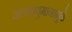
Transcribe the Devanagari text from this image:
जलवायुमानामुळे